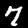
Label: 7